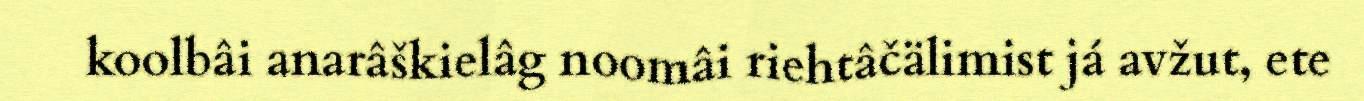
koolbâi anarâškielâg noomâi riehtâčälimist já avžut, ete